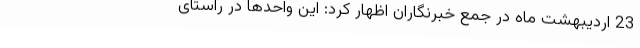
23 اردیبهشت ماه در جمع خبرنگاران اظهار کرد: این واحدها در راستای